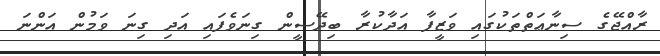
ރާއްޖޭގެ ސިނާޢަތްތަކުގައި ވަޒީފާ އަދާކުރާ ބިދޭސީން ގިނަވެފައި އަދި ގިނަ ވަމުން އަންނަ